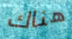
هناك